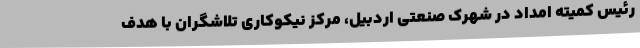
رئیس کمیته امداد در شهرک صنعتی اردبیل، مرکز نیکوکاری تلاشگران با هدف